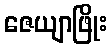
ဇေယျာဖြိုး